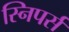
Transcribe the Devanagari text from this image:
स्निपर्स